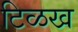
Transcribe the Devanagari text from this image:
टिळख